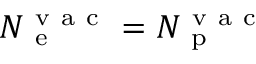
N _ { \mathrm { ~ e ~ } } ^ { \mathrm { ~ v ~ a ~ c ~ } } = N _ { \mathrm { ~ p ~ } } ^ { \mathrm { ~ v ~ a ~ c ~ } }